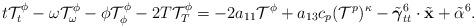
LaTeX: \begin{align*}t\mathcal T^\phi_t-\omega\mathcal T^\phi_\omega-\phi\mathcal T^\phi_\phi-2T\mathcal T^\phi_T=-2a_{11}\mathcal T^\phi+a_{13}c_p(\mathcal T^p)^\kappa -\tilde{\boldsymbol\gamma}^6_{tt}\cdot\tilde{\mathbf x}+\tilde\alpha^6.\end{align*}